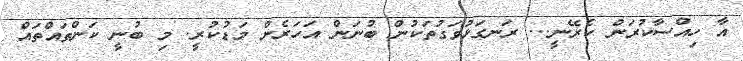
އާ ހިއްސާކުރަން ކެރޭނީ... ރަނގަޅުވަގުތަކުން ބުނަން އަހަރެން މަޑުކުރީ. މި ބުނީ ކަންތައްތައް